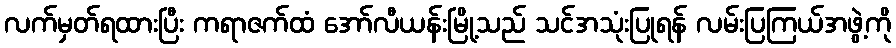
လက်မှတ်ရထားပြီး ကရာဇက်ထံ အော်လီယန်းမြို့သည် သင်အသုံးပြုရန် လမ်းပြကြယ်အဖွဲ့ကို